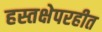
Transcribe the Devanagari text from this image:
हस्तक्षेपरहीत